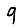
Digit: 9